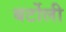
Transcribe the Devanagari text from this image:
बर्टोली